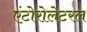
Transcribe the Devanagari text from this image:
एंटोरोलेटरल